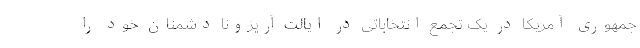
جمهوری آمریکا در یک تجمع انتخاباتی در ایالت آریزونا دشمنان خود را